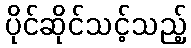
ပိုင်ဆိုင်သင့်သည့်